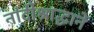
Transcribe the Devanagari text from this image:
नांदीश्राद्धानें